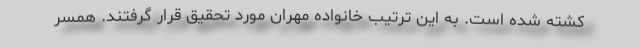
کشته شده است. به این ترتیب خانواده مهران مورد تحقیق قرار گرفتند. همسر